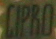
LIPRO